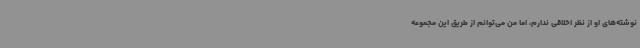
نوشته‌های او از نظر اخلاقی ندارم، اما من می‌توانم از طریق این مجموعه